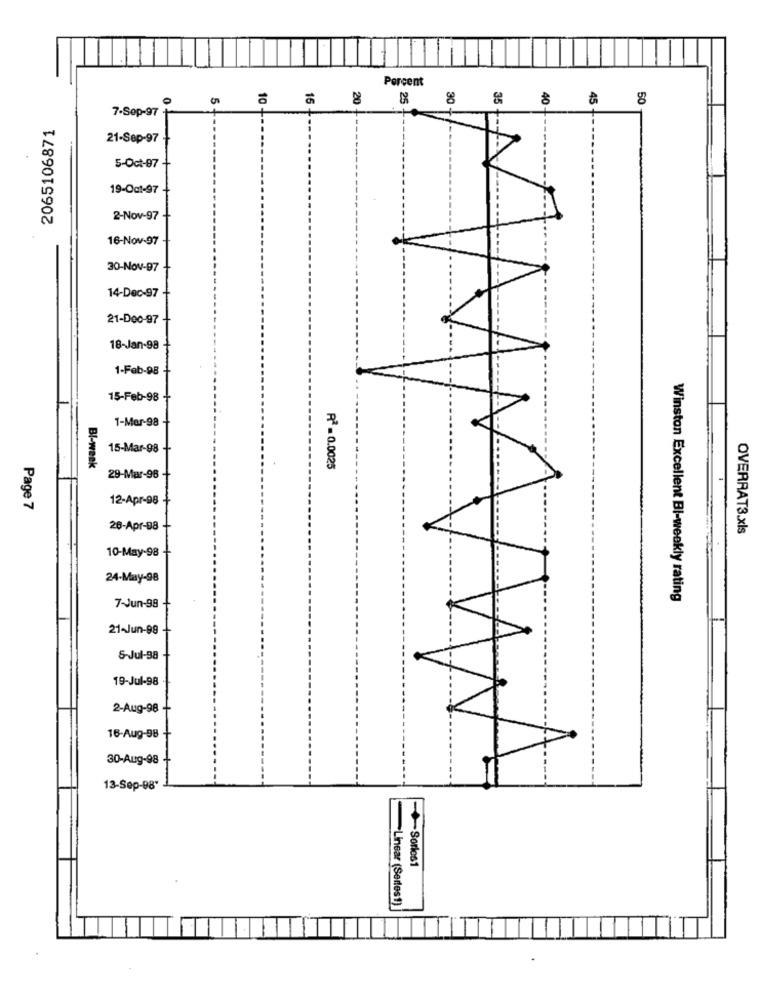
Porcent
10
15
20
25
8
35
40
45
8
7.Sep-97
2065106871
21-Sep-97
5-Oct-97
19-Oct-97
2-Nov-97
16-Nov-97
30-Nov-97
14-Dec-97
21-D00-97
18-Jan-98
1-Feb-98
15-Feb-98
1-Mar-98
15-Mar-98
R2 - 0.0025
Bl-week
29-Mar-96
12-Apr-98
Page 7
26-Apr-98
OVERRAT3.xls
10-May-98
24-May-98
Winston Excellent BI-weekly rating
7-Jun-98
21-Jun-98
5-Jul-98
19-Jul-98
2-Aug-98
16-Aug-98
30-Aug-98
13-Sep-98'
+Sorios1
-Linear (Sertest)
.